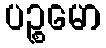
ပဉ္စမော